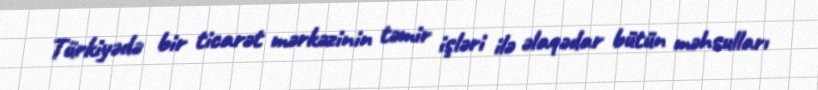
Türkiyədə bir ticarət mərkəzinin təmir işləri ilə əlaqədar bütün məhsulları